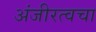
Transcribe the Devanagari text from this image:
अंजीरत्वचा